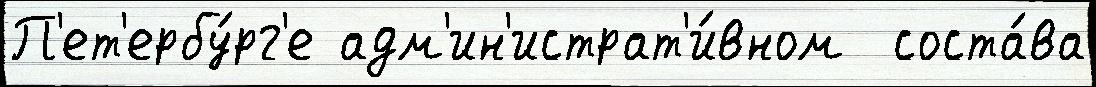
П'ет'ербу́рг'е адм'ин'истрат'и́вном  соста́ва